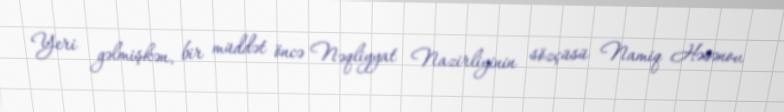
Yeri gəlmişkən, bir müddət öncə Nəqliyyat Nazirliyinin sözçüsü Namiq Həsənov